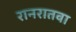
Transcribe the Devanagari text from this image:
रानरातवा